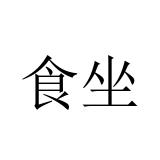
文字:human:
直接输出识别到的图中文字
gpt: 食坐